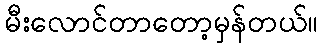
မီးလောင်တာတော့မှန်တယ်။